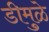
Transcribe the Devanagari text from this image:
डीमुळे